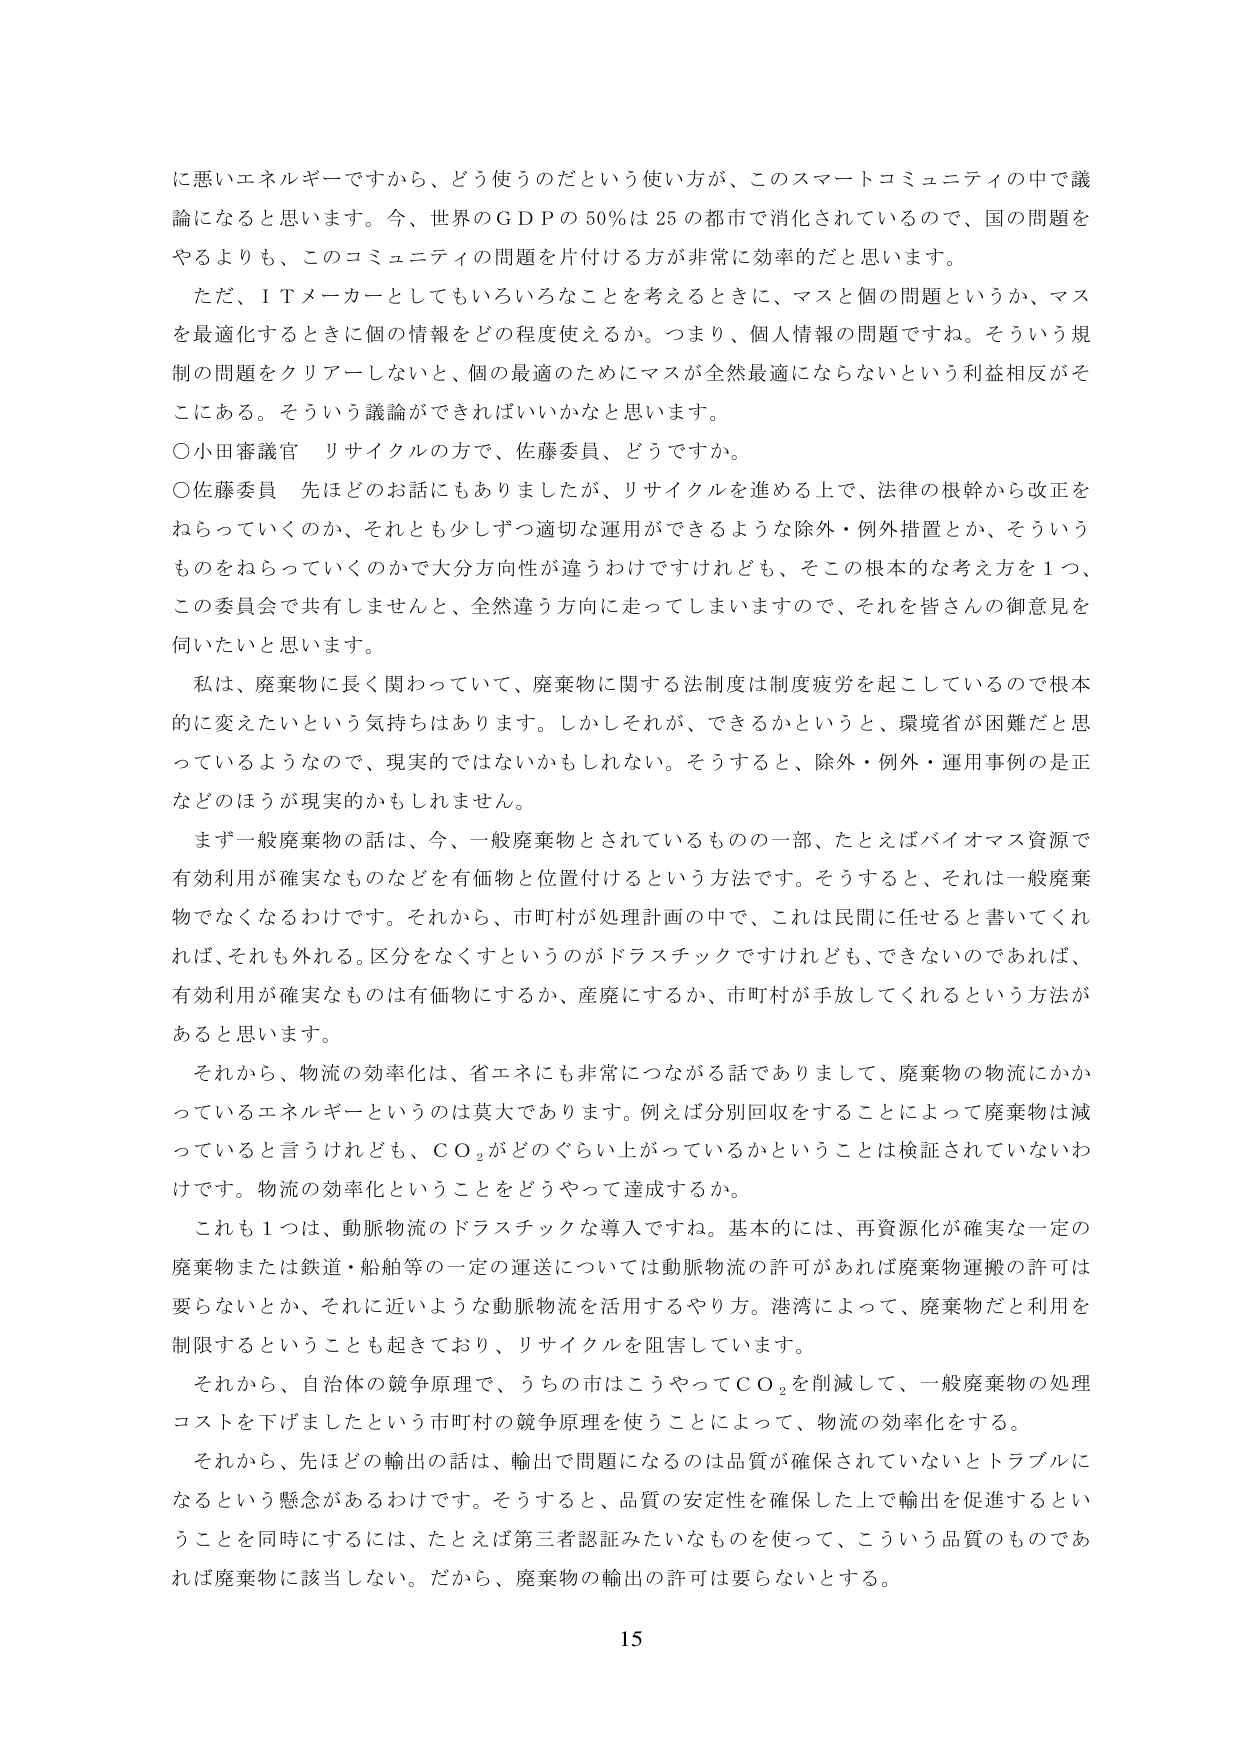
に悪いエネルギーですから、どう使うのだという使い方が、このスマートコミュニティの中で議論になると思います。今、世界のＧＤＰの50％は25の都市で消化されているので、国の問題をやるよりも、このコミュニティの問題を片付ける方が非常に効率的だと思います。

ただ、ＩＴメーカーとしてもいろいろなことを考えるときに、マスと個の問題というか、マスを最適化するときに個の情報をどの程度使えるか。つまり、個人情報の問題ですね。そういう規制の問題をクリアーしないと、個の最適のためにマスが全然最適にならないという利益相反がそこにある。そういう議論ができればいいかなと思います。

○小田審議官 リサイクルの方で、佐藤委員、どうですか。

○佐藤委員 先ほどのお話にもありましたが、リサイクルを進める上で、法律の根幹から改正をねらっていくのか、それとも少しずつ適切な運用ができるような除外・例外措置とか、そういうものをねらっていくのかで大分方向性が違うわけですがけれども、そこの根本的な考え方を１つ、この委員会で共有しませんと、全然違う方向に走ってしまいますので、それを皆さんの御意見を伺いたいと思います。

私は、廃棄物に長く関わっていて、廃棄物に関する法制度は制度疲労を起こしているので根本的に変えたいという気持ちはあります。しかしそれが、できるかというと、環境省が困難だと思っているようなので、現実的ではないかもしれない。そうすると、除外・例外・運用事例の是正などの方が現実的かもしれません。

まず一般廃棄物の話は、今、一般廃棄物とされているものの一部、たとえばバイオマス資源で有効利用が確実なものなどを有価物と位置付けるという方法です。そうすると、それは一般廃棄物でなくなるわけです。それから、市町村が処理計画の中で、これは民間に任せると書いてくれれば、それも外れる。区分をなくすというのがドラスチックですけれども、できないのであれば、有効利用が確実なものは有価物にするか、産廃にするか、市町村が手放してくれるという方法があると思います。

それから、物流の効率化は、省エネにも非常につながる話でありまして、廃棄物の物流にかかっているエネルギーというのは莫大であります。例えば分別回収をすることによって廃棄物は減っていると言うけれども、ＣＯ₂がどのぐらい上がっているかということは検証されていないわけです。物流の効率化ということをどうやって達成するか。

これも１つは、動脈物流のドラスチックな導入ですね。基本的には、再資源化が確実な一定の廃棄物または鉄道・船舶等の一定の運送については動脈物流の許可があれば廃棄物運搬の許可は要らないとか、それに近いような動脈物流を活用するやり方。港湾によって、廃棄物だと利用を制限するということも起きており、リサイクルを阻害しています。

それから、自治体の競争原理で、うちの市はこうやってＣＯ₂を削減して、一般廃棄物の処理コストを下げましたという市町村の競争原理を使うことによって、物流の効率化をする。

それから、先ほどの輸出の話は、輸出で問題になるのは品質が確保されていないとトラブルになるという懸念があるわけです。そうすると、品質の安定性を確保した上で輸出を促進するということを同時にするには、たとえば第三者認証みたいなものを使って、こういう品質のものであれば廃棄物に該当しない。だから、廃棄物の輸出の許可は要らないとする。

15